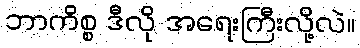
ဘာကိစ္စ ဒီလို အရေးကြီးလို့လဲ။